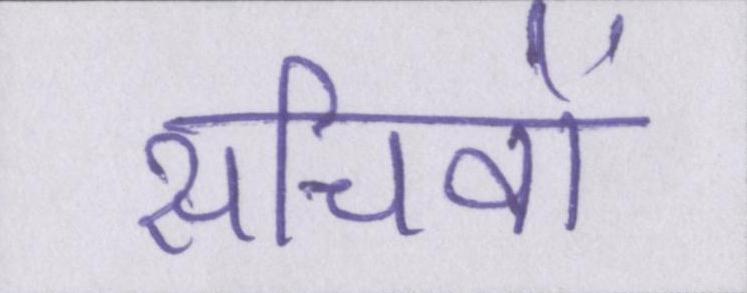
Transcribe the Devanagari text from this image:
सचिवों